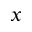
x